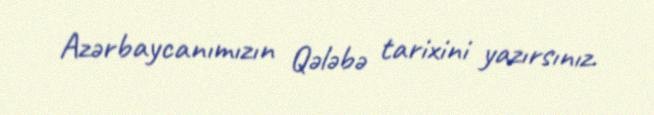
Azərbaycanımızın Qələbə tarixini yazırsınız.